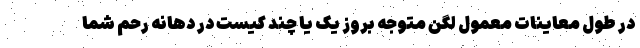
در طول معاینات معمول لگن متوجه بروز یک یا چند کیست در دهانه رحم شما